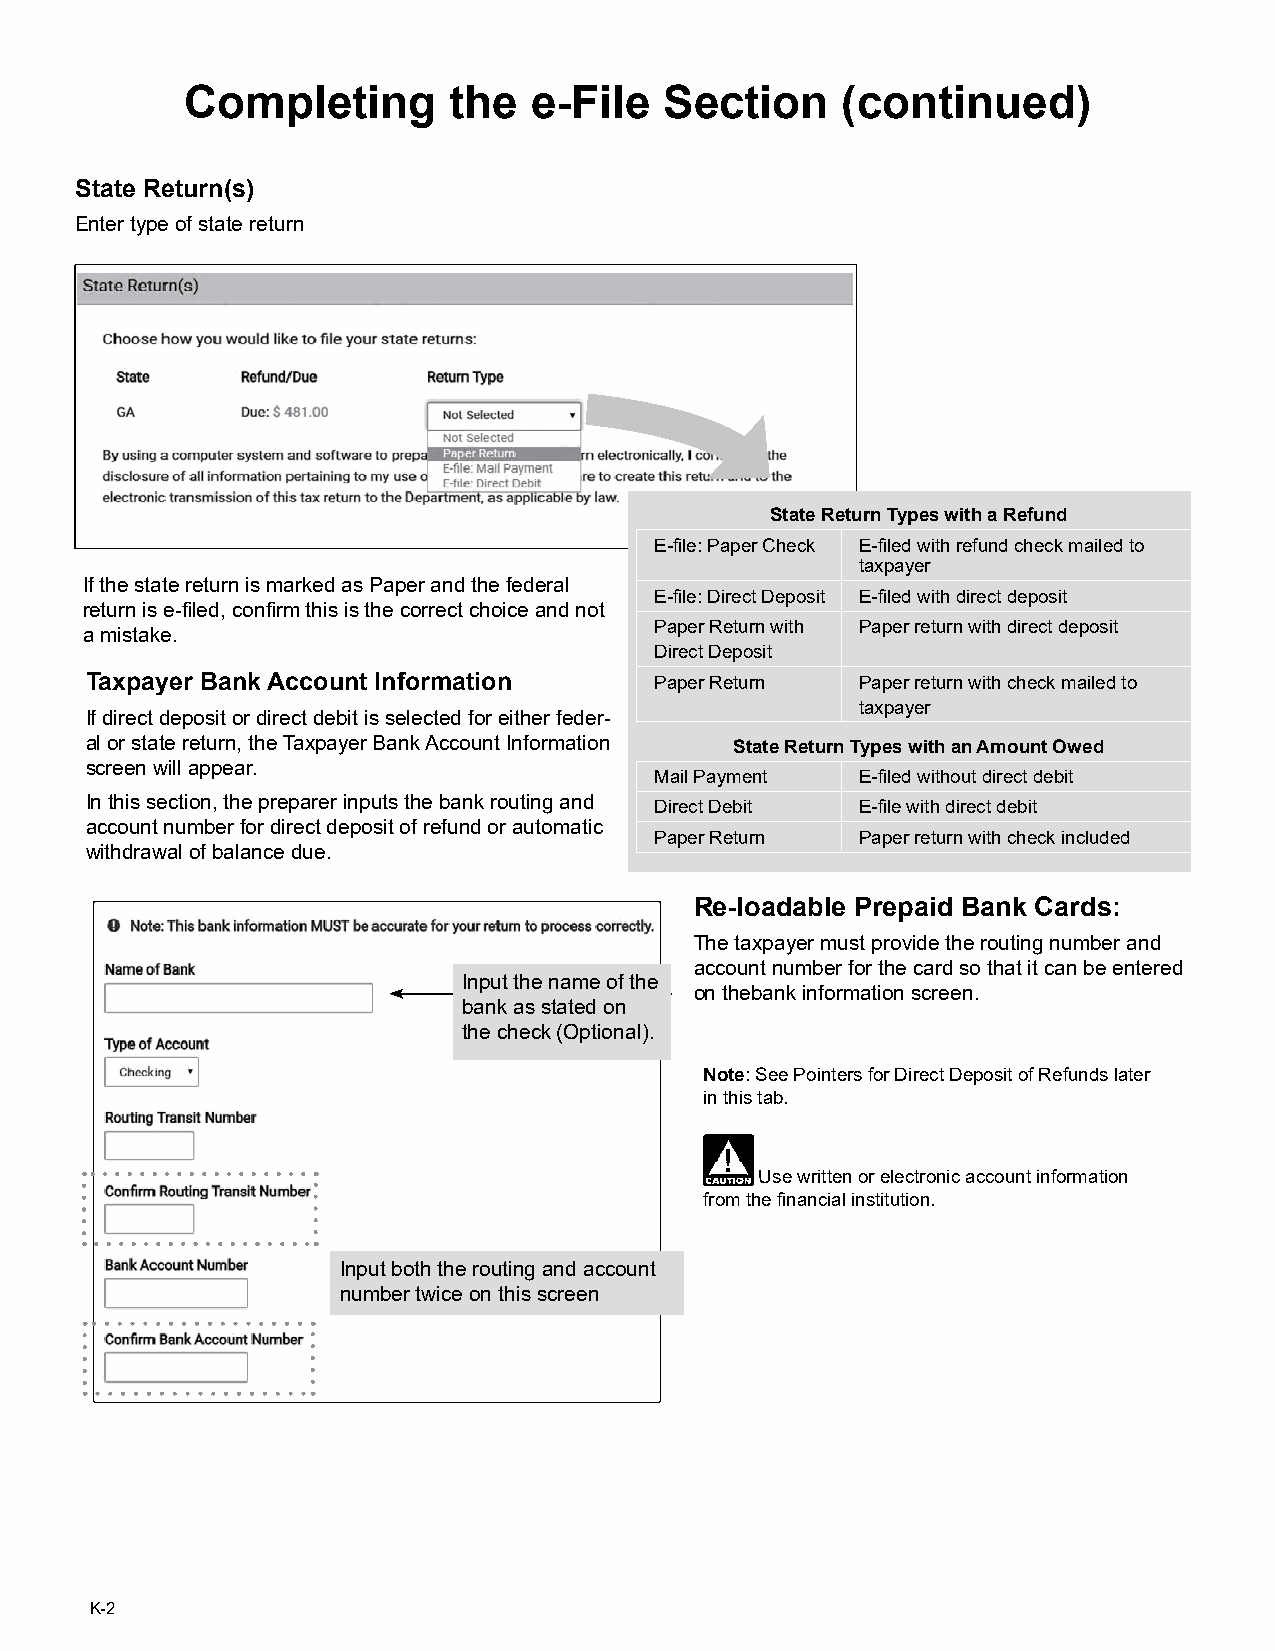
Completing        the  e-File   Section     (continued)
 State Return(s)
 Enter type of state return
 State Return Types with a Refund
 E-file: Paper Check E-filed with refund check mailed to
 taxpayer
 If the state return is marked as Paper and the federal
 E-file: Direct Deposit E-filed with direct deposit
 return is e-filed, confirm this is the correct choice and not
 Paper Return with Paper return with direct deposit
 a mistake.
 Direct Deposit
 Taxpayer Bank Account Information    Paper Return  Paper return with check mailed to
 taxpayer
 If direct deposit or direct debit is selected for either feder-
 al or state return, the Taxpayer Bank Account Information State Return Types with an Amount Owed
 screen will appear.
 Mail Payment  E-filed without direct debit
 In this section, the preparer inputs the bank routing and Direct Debit E-file with direct debit
 account number for direct deposit of refund or automatic
 Paper Return  Paper return with check included
 withdrawal of balance due.
 Re-loadable Prepaid Bank Cards:
 The taxpayer must provide the routing number and
 account number for the card so that it can be entered
 Input the name of the
 on thebank information screen.
 bank as stated on
 the check (Optional).
 Note: See Pointers for Direct Deposit of Refunds later
 in this tab.
 Use written or electronic account information
 from the financial institution.
 Input both the routing and account
 number twice on this screen
 K-2